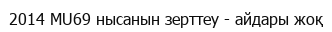
2014 MU69 нысанын зерттеу - айдары жоқ